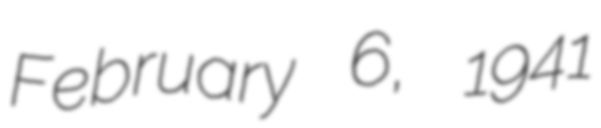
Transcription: February 6, 1941